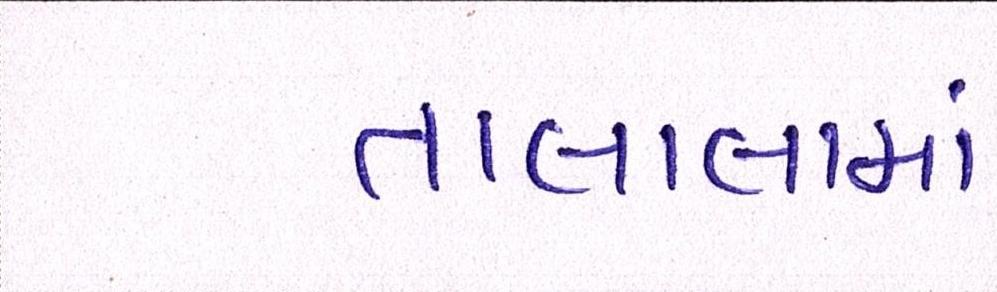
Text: તાલાલામાં